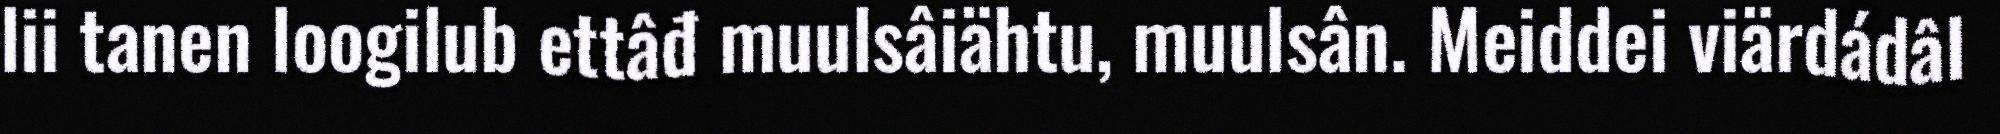
lii tanen loogilub ettâđ muulsâiähtu, muulsân. Meiddei viärdádâl